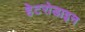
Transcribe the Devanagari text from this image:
हेटरोडाइन